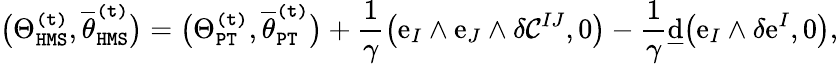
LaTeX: \big(\Theta_{\mathtt{HMS}}^{\mathtt{(t)}},\overline{{\theta}}_{\mathtt{HMS}}^{\mathtt{(t)}}\big)=\big(\Theta_{\mathtt{PT}}^{\mathtt{(t)}},\overline{{\theta}}_{\mathtt{PT}}^{\mathtt{(t)}}\big)+\frac{1}{\gamma}\big(\mathrm{e}_{I}\wedge\mathrm{e}_{J}\wedge\delta\mathcal{C}^{IJ},0\big)-\frac{1}{\gamma}\underline{{\mathrm{d}}}\big(\mathrm{e}_{I}\wedge\delta\mathrm{e}^{I},0\big),